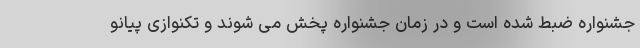
جشنواره ضبط شده است و در زمان جشنواره پخش می شوند و تکنوازی پیانو